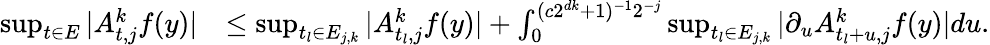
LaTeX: \begin{array}{rl}{\operatorname*{sup}_{t\in E}|A_{t,j}^{k}f(y)|}&{\le\operatorname*{sup}_{t_{l}\in E_{j,k}}|A_{t_{l},j}^{k}f(y)|+\int_{0}^{(c2^{dk}+1)^{-1}2^{-j}}\operatorname*{sup}_{t_{l}\in E_{j,k}}|\partial_{u}A_{t_{l}+u,j}^{k}f(y)|du.}\end{array}